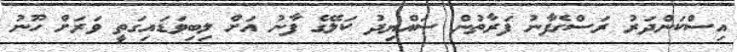
އިސްކަންދަރު ރަސްގެފާނު ފަރާތުން ސައްޔިދު ކަލޭގެ ފާނު އަށް ލިބިވަޑައިގަތީ ވަރަށް ހޫނު